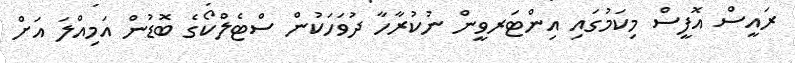
ރައީސް އޮފީސް މިކަމުގައި އިންޓަރވީން ނުކުރާހާ ދުވަހަކުން ސްޓެލްކޯގެ ބޮޑުން އަމިއްލަ އަށް